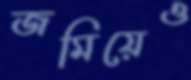
জমিয়েও